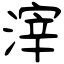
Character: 滓